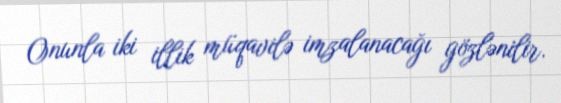
Onunla iki illik müqavilə imzalanacağı gözlənilir.